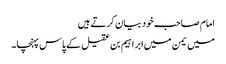
امام صاحب خود بیان کرتے ہیں
میں یمن میں ابراہیم بن عقیل کے پاس پہنچا۔